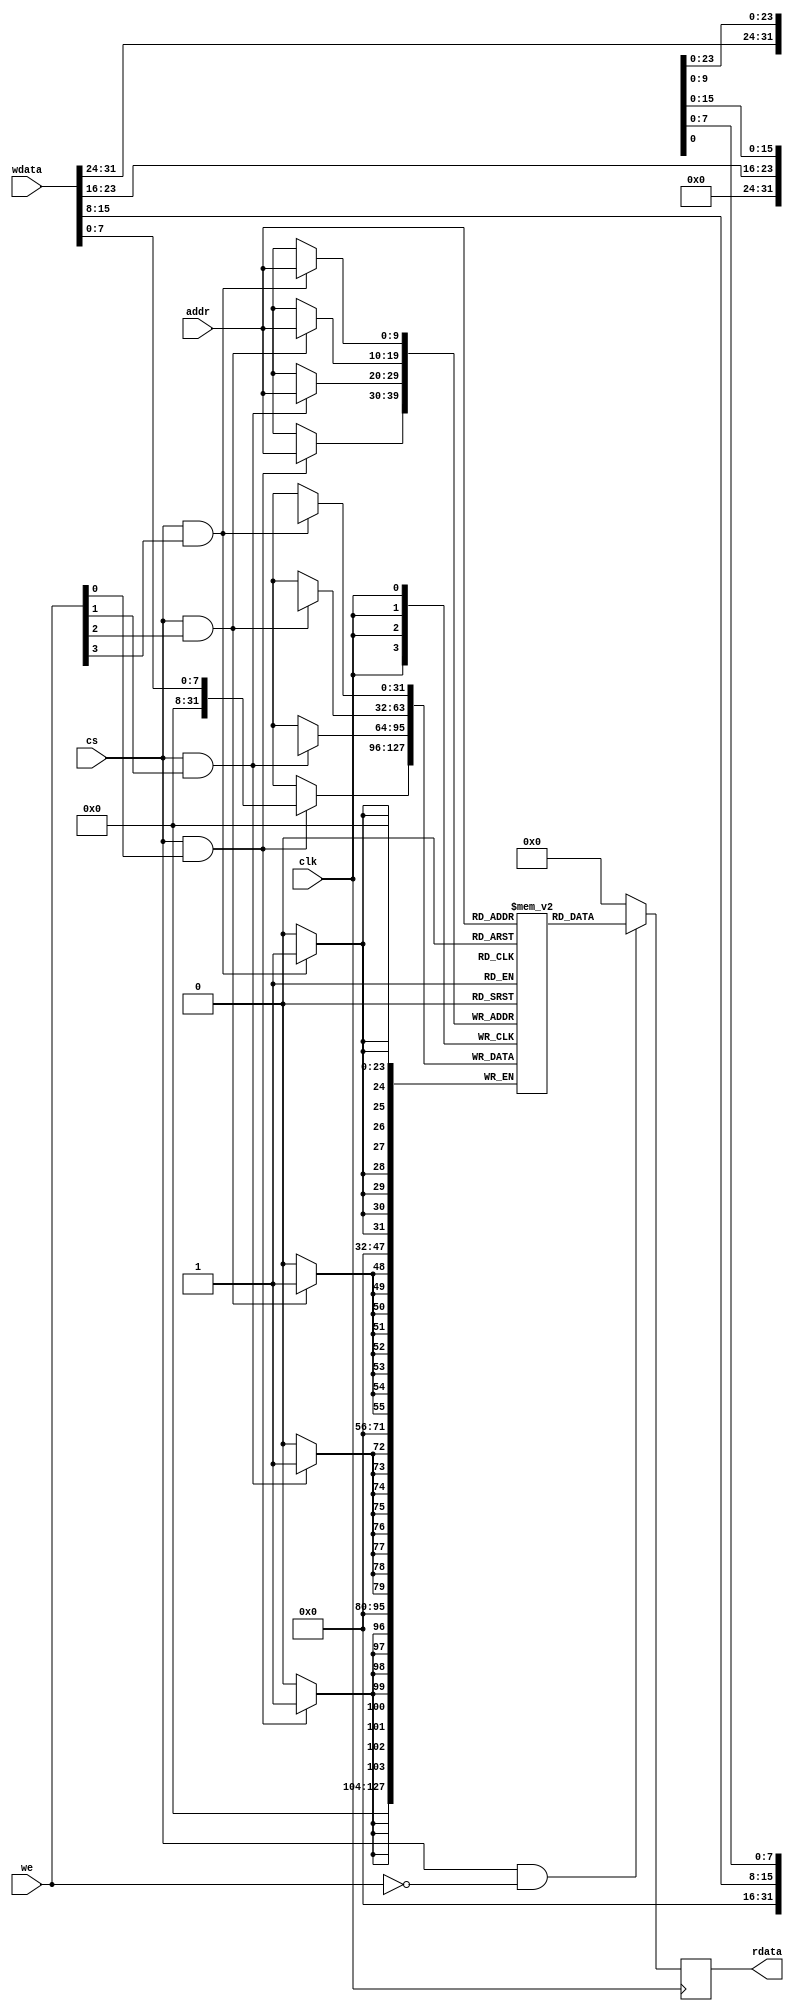
// *********************************************************************************
// Project Name : CK_riscv
// Website      : https://blog.csdn.net/weixin_40377195
// Create Time  : 2022-05-25
// Module Name  : ram_bfm
// Called By    :
// Abstract     :
//
// 
// *********************************************************************************
// Modification History:
// Date         By              Version                 Change Description
// -----------------------------------------------------------------------
// 2022-05-25    Macro           1.0                     Original
//  
// *********************************************************************************




module ram_bfm
    #(
        parameter   DATA_WHITH  = 32    ,
        parameter   DATA_SIZE   = 8     ,
        parameter   ADDR_WHITH  = 10    ,
        parameter   RAM_DEPTH   = 1024  ,
        parameter   DATA_BYTE = DATA_WHITH/DATA_SIZE
    )
    (
    //system signals
    input                               clk     ,
    //RAM Control signals
    input                               cs      ,
    input           [DATA_BYTE-1:0]     we      ,
    input           [ADDR_WHITH-1:0]    addr    ,
    input           [DATA_WHITH-1:0]    wdata   ,
    output  reg     [DATA_WHITH-1:0]    rdata   

);


(*ram_style = "block"*)  reg [DATA_WHITH-1:0] mem    [0:RAM_DEPTH-1] ;


//=================================================================================
// Body
//=================================================================================

always @(posedge clk) begin
    if(cs && !we)
        rdata <= mem[addr];
    else
        rdata <= 32'd0;
end


genvar i;

generate
    for(i=0; i<DATA_BYTE; i=i+1)begin:ram_with_mask
        always @(posedge clk)begin
            if(cs && we[i])
                mem[addr][(DATA_SIZE*i)+:DATA_SIZE] <= wdata[(DATA_SIZE*i)+:DATA_SIZE];
        end
    end

endgenerate

endmodule